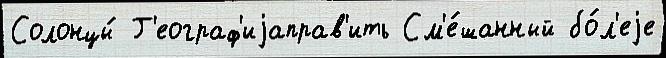
Солонцы́ Г'еограф'иjаправ'ить См'е́шанный бо́л'еjе